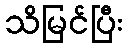
သိမြင်ပြီး